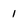
Character: 1